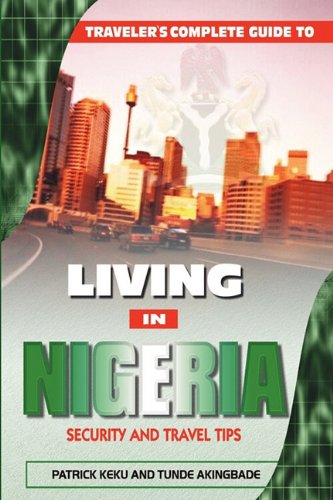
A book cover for Traveler's Guide to Living in Nigeria: Security and Travel Tips; Patrick Keku; Travel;